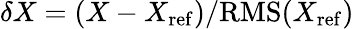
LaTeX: \delta X=(X-X_{\mathrm{ref}})/\mathrm{RMS}(X_{\mathrm{ref}})